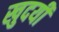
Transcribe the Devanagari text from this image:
खुदयी